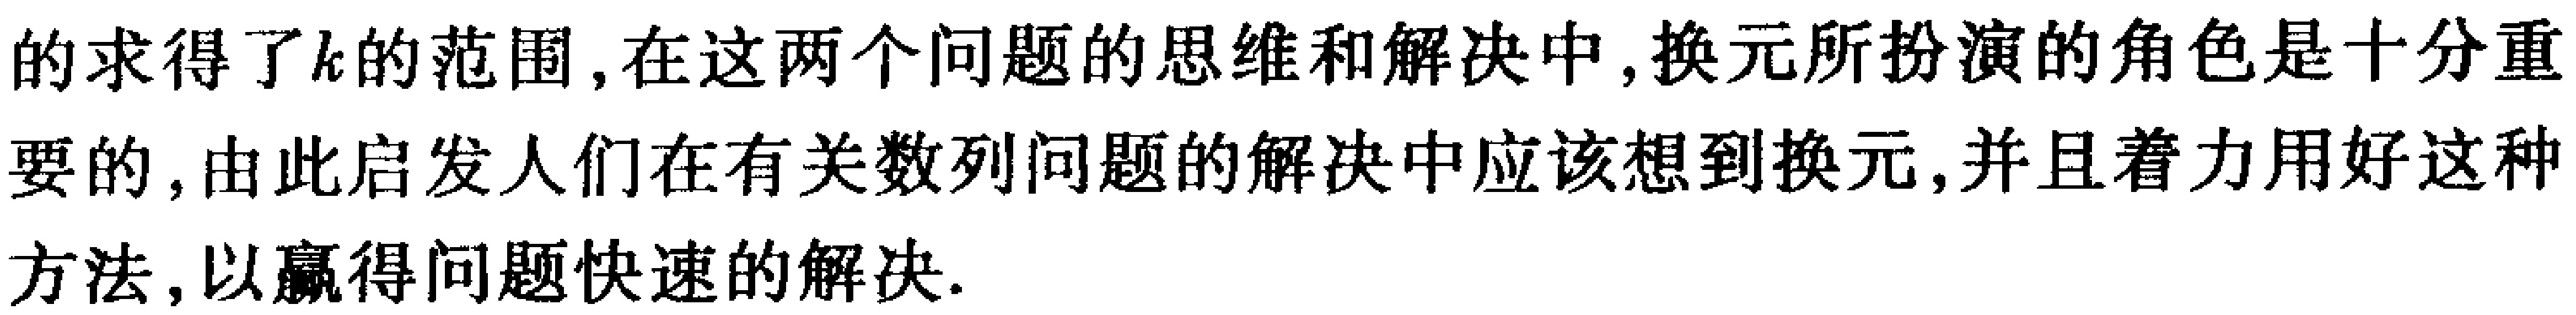
的求得了\(k\)的范围, 在这两个问题的思维和解决中, 换元所扮演的角色是十分重
要的, 由此启发人们在有关数列问题的解决中应该想到换元, 并且着力用好这种
方法, 以赢得问题快速的解决.